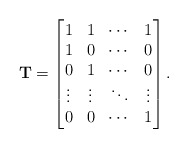
\begin{align*} \mathbf{T}=\begin{bmatrix} 1 &1 &\cdots &1\\ 1 &0 &\cdots &0\\ 0 &1 &\cdots &0\\ \vdots &\vdots &\ddots &\vdots\\ 0 &0 &\cdots &1 \end{bmatrix}.\end{align*}